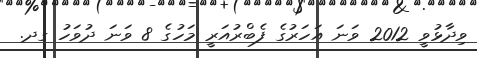
ވިދާޅުވީ 2012 ވަނަ އަހަރުގެ ފެބްރުއަރީ މަހުގެ 8 ވަނަ ދުވަހު ގދ.